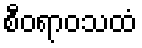
စီဝရာဝသထံ